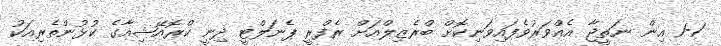
1-1 އިން ނަތީޖާ އެއްވަރުވެފައިވަނިކޮށް ބްރެޒިލްއަށް ރެފްރީ ޕެނަލްޓީ ދިނީ ކްރޮއޭޝިއާގެ ކުޅުންތެރިއަކު